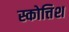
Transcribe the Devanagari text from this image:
स्कोत्तिश